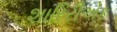
શારિરીએક